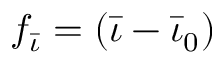
f _ { \bar { \iota } } = ( \bar { \iota } - \bar { \iota } _ { 0 } )